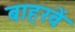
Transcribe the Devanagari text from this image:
बाहरवें